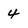
Character: 4